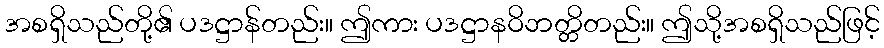
အစရှိသည်တို့၏ ပဒဋ္ဌာန်တည်း။ ဤကား ပဒဋ္ဌာနဝိဘတ္တိတည်း။ ဤသို့အစရှိသည်ဖြင့်